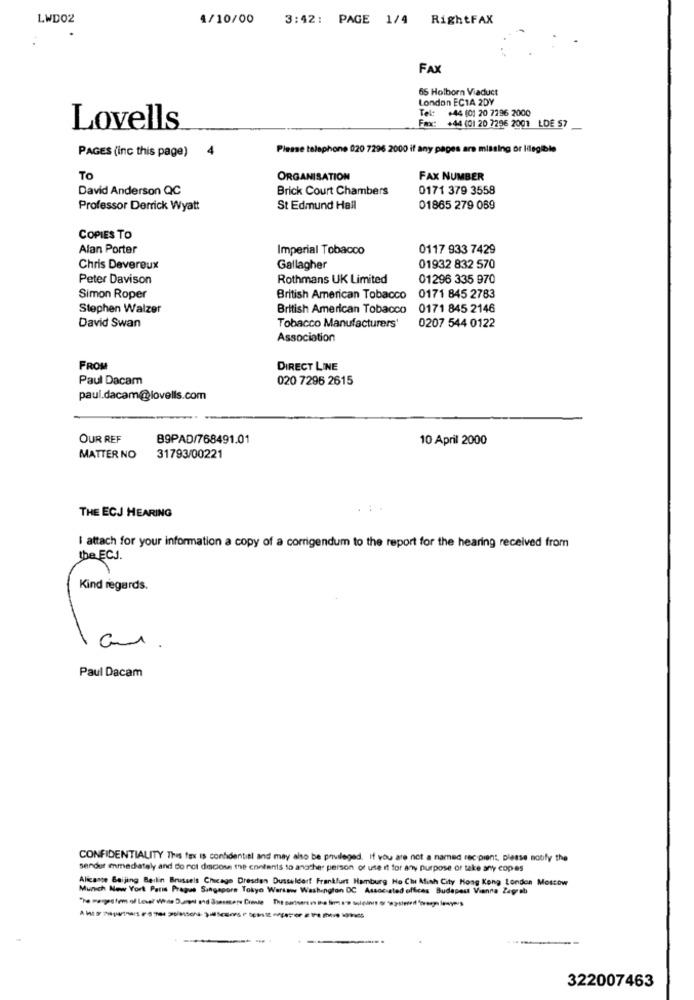
LWDO2
4/10/00
3:42: PAGE 1/4 RightFAX
FAX
65 Holborn Viaduct
London EC1A 2DY
Tel: +44 101 20 7296 2000
Fax: +44 (01 20 7296 2001 LDE 57
Lovells
PAGES (inc this page)
4
Please telephone 020 7296 2000 if any pages are missing or Iilegible
TO
ORGANISATION
FAX NUMBER
David Anderson QC
Brick Court Chambers
0171 379 3558
Professor Derrick Wyatt
St Edmund Hail
01865 279 089
COPIES TO
Alan Porter
Imperial Tobacco
0117 933 7429
Chris Devereux
Gallagher
01932 832 570
Peter Davison
Rothmans UK Limited
01296 335 970
Simon Roper
British American Tobacco
0171 845 2783
Stephen Walzer
British American Tobacco
0171 845 2146
David Swan
Tobacco Manufacturers
0207 544 0122
Association
FROM
DIRECT LINE
Paul Dacam
020 7295 2615
paul.dacam@lovells.com
OUR REF
B9PAD/768491.01
10 April 2000
MATTER NO
31793/00221
THE ECJ HEARING
I attach for your information a copy of a corrigendum to the report for the hearing received from
the ECJ.
Kind regards.
0
Paul Dacam
CONFIDENTIALITY This fox is confidential and may also be privileged. If you are not a named recipient, please notify the
sender immediately and do not discose the contents to another person of use it for any purpose or take any copies
Alicante Beijing Berlin Brussels Chicago Dresden Dusseldorf Frankfurt Hamburg Ho Ciu Minh City Hong Kong London Moscow
Munich New York Patis Pragus Singapore Tokyo Warsaw Washington DC Associated offices Budapest Vianna Zagreb
"he sespotom of Love when Dupl and Bncmon Drone The suivant n ina lin o'o sieling o systerd'pory loyers
322007463